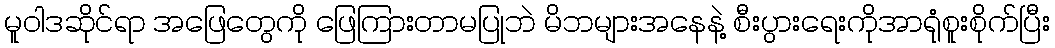
မူဝါဒဆိုင်ရာ အဖြေတွေကို ဖြေကြားတာမပြုဘဲ မိဘများအနေနဲ့ စီးပွားရေးကိုအာရုံစူးစိုက်ပြီး